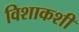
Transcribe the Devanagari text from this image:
विशाकशी